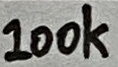
Text: 100k